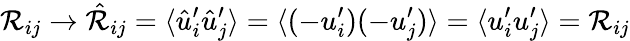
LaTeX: {\cal{R}}_{ij}\to\hat{\cal{R}}_{ij}=\langle{\hat{u}_{i}^{\prime}\hat{u}_{j}^{\prime}}\rangle=\langle{(-u_{i}^{\prime})(-u_{j}^{\prime})}\rangle=\langle{u_{i}^{\prime}u_{j}^{\prime}}\rangle={\cal{R}}_{ij}